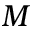
M